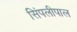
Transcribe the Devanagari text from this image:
सिंपलीपाल